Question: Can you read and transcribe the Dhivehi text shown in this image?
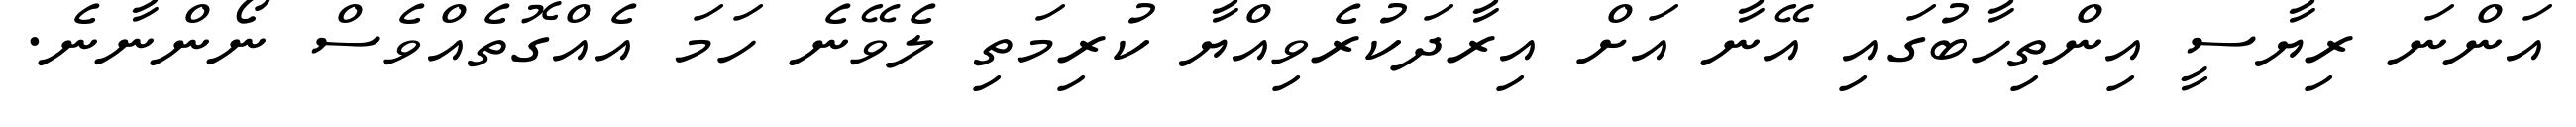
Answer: އަންނަ ރިޔާސީ އިންތިހާބުގައި އޭނާ އަށް އިރާދަކުރެވިއްޔާ ކުރިމަތި ލެވޭނެ ހަމަ އެއްގޮތެއްވެސް ނޯންނާނެ.